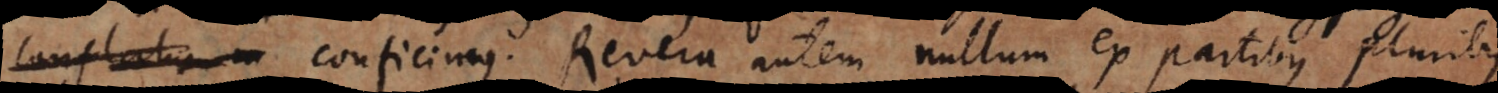
conflatur. conficimus. Revera autem nullum ex partibus pluribus